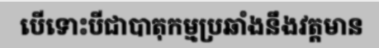
បើទោះបីជាបាតុកម្មប្រឆាំងនឹងវត្តមាន